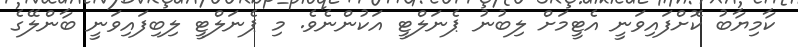
ކާމިޔާބު ކޮށްފައިވަނީ އެޓީމަށް ލިބުނު ޕެނަލްޓީ އަކުންނެވެ. މި ޕެނަލްޓީ ލިބިފައިވަނީ ބާންލޭގެ